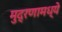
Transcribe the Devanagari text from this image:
मुद्रणामध्ये